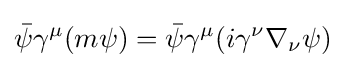
{\bar {\psi }}\gamma ^{\mu }(m\psi )={\bar {\psi }}\gamma ^{\mu }(i\gamma ^{\nu }\nabla _{\nu }\psi )